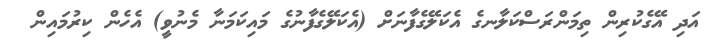
އަދި އޭގެކުރިން ތިމަންރަސްކަލާނގެ އެކަލޭގެފާނަށް (އެކަލޭގެފާނުގެ މައިކަމަނާ މެނުވީ) އެހެން ކިރުމައިން